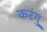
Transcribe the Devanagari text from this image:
करंगु